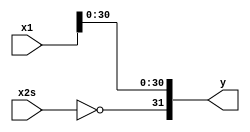
`timescale 1ns / 100ps
`default_nettype none

module fsgnjn_s (x1, x2s, y);
    input wire [31:0] x1;
    input wire x2s;
    output [31:0] y;

    wire [31:0] y;

    assign y = {~x2s, x1[30:0]};    
endmodule